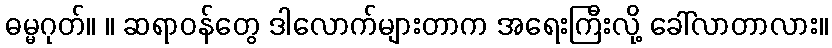
ဓမ္မဂုတ်။ ။ ဆရာဝန်တွေ ဒါလောက်များတာက အရေးကြီးလို့ ခေါ်လာတာလား။